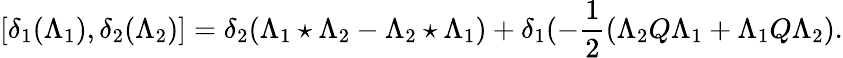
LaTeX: [\delta_{1}(\Lambda_{1}),\delta_{2}(\Lambda_{2})]=\delta_{2}(\Lambda_{1}\star\Lambda_{2}-\Lambda_{2}\star\Lambda_{1})+\delta_{1}(-\frac{1}{2}(\Lambda_{2}Q\Lambda_{1}+\Lambda_{1}Q\Lambda_{2}).